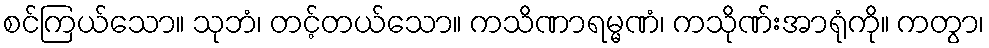
စင်ကြယ်သော။ သုဘံ၊ တင့်တယ်သော။ ကသိဏာရမ္မဏံ၊ ကသိုဏ်းအာရုံကို။ ကတွာ၊